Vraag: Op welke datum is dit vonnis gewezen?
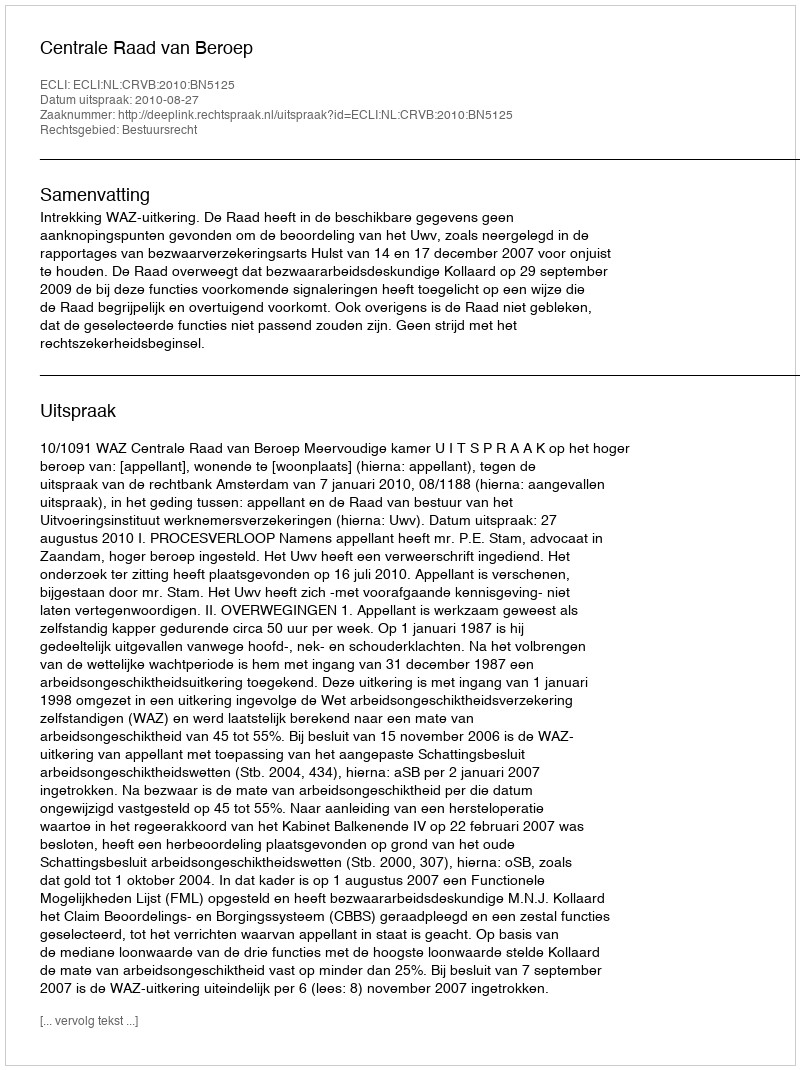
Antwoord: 2010-08-27